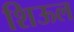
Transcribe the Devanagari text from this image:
शिऊल